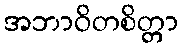
အဘာဝိတစိတ္တာ